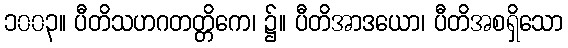
၁၀၀၃။ ပီတိသဟဂတတ္တိကေ၊ ၌။ ပီတိအာဒယော၊ ပီတိအစရှိသော